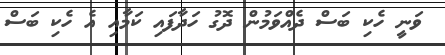
ވަނީ ހެކި ބަސް ދެއްވަމުން ދޮގު ހަދާފައި ކަމާއި އެ ހެކި ބަސް